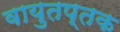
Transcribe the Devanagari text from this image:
वायुतप्तक